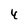
Character: 4